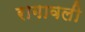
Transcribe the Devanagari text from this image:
रागावली